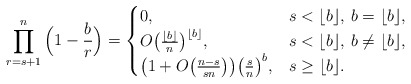
\begin{align*}\prod_{r=s+1}^{n}\Big(1-\frac{b}{r}\Big)=\begin{cases}0, & s<\lfloor{b}\rfloor, \: b=\lfloor{b}\rfloor, \\O\big(\frac{\lfloor{b}\rfloor}{n}\big)^{\lfloor{b}\rfloor}, & s<\lfloor{b}\rfloor, \: b\neq\lfloor{b}\rfloor,\\\big(1+O\big(\frac{n-s}{sn}\big)\big)\big(\frac{s}{n}\big)^b, & s\geq\lfloor{b}\rfloor.\end{cases}\end{align*}